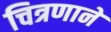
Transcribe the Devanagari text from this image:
चित्रणाने